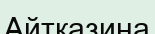
Айтказина